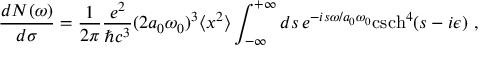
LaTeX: \frac { d N ( \omega ) } { d \sigma } = \frac { 1 } { 2 \pi } \frac { e ^ { 2 } } { \hbar c ^ { 3 } } ( 2 a _ { 0 } \omega _ { 0 } ) ^ { 3 } \langle x ^ { 2 } \rangle \int _ { - \infty } ^ { + \infty } d s \, e ^ { - i s \omega / a _ { 0 } \omega _ { 0 } } \mathrm { c s c h } ^ { 4 } ( s - i \epsilon ) ~ ,